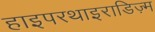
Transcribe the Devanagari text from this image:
हाइपरथाइराडिज़्म